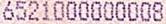
6521000000008